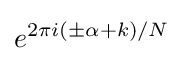
e^{2\pi i(\pm \alpha +k)/N}